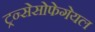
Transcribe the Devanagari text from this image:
ट्रन्सेसोफेगेयल